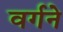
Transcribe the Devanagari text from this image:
वर्गने